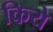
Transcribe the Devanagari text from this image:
किये